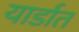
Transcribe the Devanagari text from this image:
यार्डात